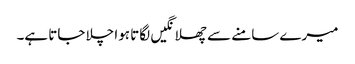
میرے سامنے سے چھلانگیں لگاتا ہوا چلا جاتا ہے۔